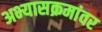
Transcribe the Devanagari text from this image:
अभ्यासक्रमांवर